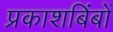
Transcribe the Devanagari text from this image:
प्रकाशबिंबों